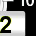
Digit: 2